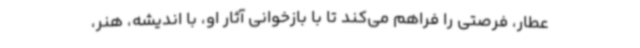
عطار، فرصتی را فراهم می‌کند تا با بازخوانی آثار او، با اندیشه، هنر،